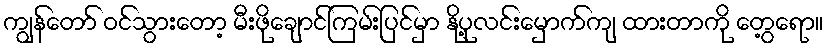
ကျွန်တော် ဝင်သွားတော့ မီးဖိုချောင်ကြမ်းပြင်မှာ နို့ပုလင်းမှောက်ကျ ထားတာကို တွေ့ရော။